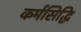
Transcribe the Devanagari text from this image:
कर्मसिद्धि